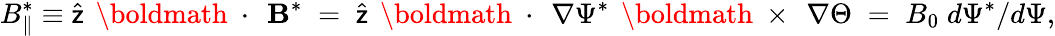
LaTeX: B_{\| }^{*}\equiv\widehat{\sf z}\, \mathrm{~\boldmath~\cdot~}\, {\mathbf B}^{*}\; =\; \widehat{\sf z}\, \mathrm{~\boldmath~\cdot~}\, \nabla\Psi^{*}\, \mathrm{~\boldmath~\times~}\, \nabla\Theta\; =\; B_{0}\; d\Psi^{*}/d\Psi,